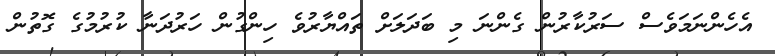
އެހެންނަމަވެސް ސަރުކާރުން ގެންނަ މި ބަދަލަށް ތައްޔާރުވެ ހިންގުން ހަރުދަނާ ކުރުމުގެ ގޮތުން